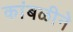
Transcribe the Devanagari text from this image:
कांबळीने